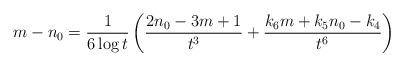
LaTeX: \begin{align*} m-n_0= \frac{1}{6 \log t} \left(\frac{2n_0-3m+1}{t^3}+\frac{k_6m+k_5n_0-k_4}{t^6} \right) \end{align*}